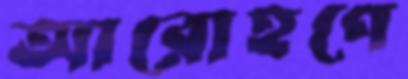
আরোহণে